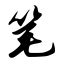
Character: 笔